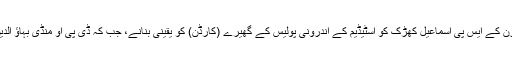
ڈی پی او چنیوٹ مستنصر فیروز اور ماڈل ٹاؤن لاہور ڈویژن کے ایس پی اسماعیل کھڑک کو اسٹیڈیم کے اندرونی پولیس کے گھیرے (کارڈن) کو یقینی بنانے، جب کہ ڈی پی او منڈی بہاؤ الدین کو داخلی اور خارجی راستوں کی ذمہ داری دی گئی ہے۔